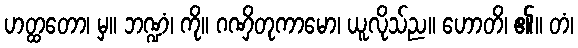
ဟတ္ထတော၊ မှ။ ဘဏ္ဍံ၊ ကို။ ဂဏှိတုကာမော၊ ယူလိုသ်ည။ ဟောတိ၊ ၏။ တံ၊